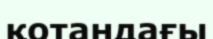
қотандағы